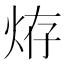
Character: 𤈊